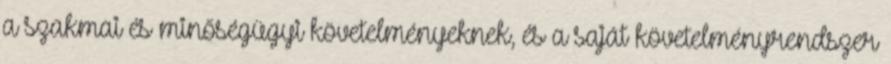
a szakmai és minőségügyi követelményeknek, és a saját követelményrendszer